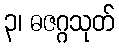
၃၊ ဓဇဂ္ဂသုတ်